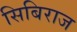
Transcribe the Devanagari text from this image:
सिबिराज